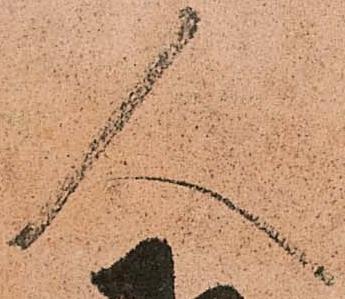
人